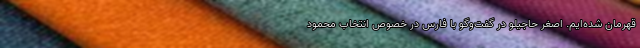
قهرمان شده‌ایم. اصغر حاجیلو در گفت‌وگو با فارس در خصوص انتخاب محمود